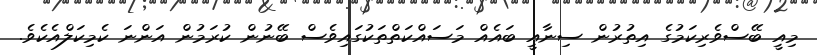
މިއީ ބޭސްވެރިކަމުގެ އިތުރުން ސިނާއީ ބައެއް މަސައްކަތްތަކުގައިވެސް ބޭނުން ކުރަމުން އަންނަ ކެމިކަލްއެކެވެ.